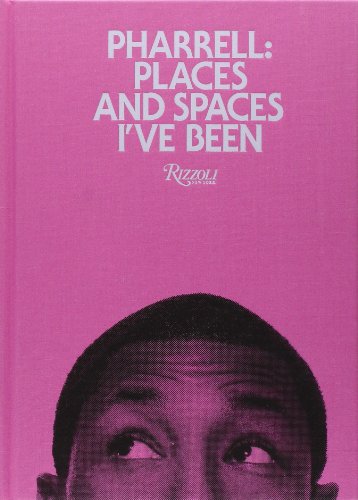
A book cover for Pharrell: Places and Spaces I've Been; Pharrell Williams; Arts & Photography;